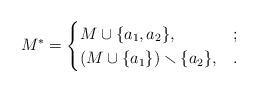
LaTeX: \begin{align*}M^*=\begin{cases}M\cup\{a_1,a_2\}, & ;\\(M\cup\{a_1\})\smallsetminus\{a_2\}, & .\end{cases}\end{align*}